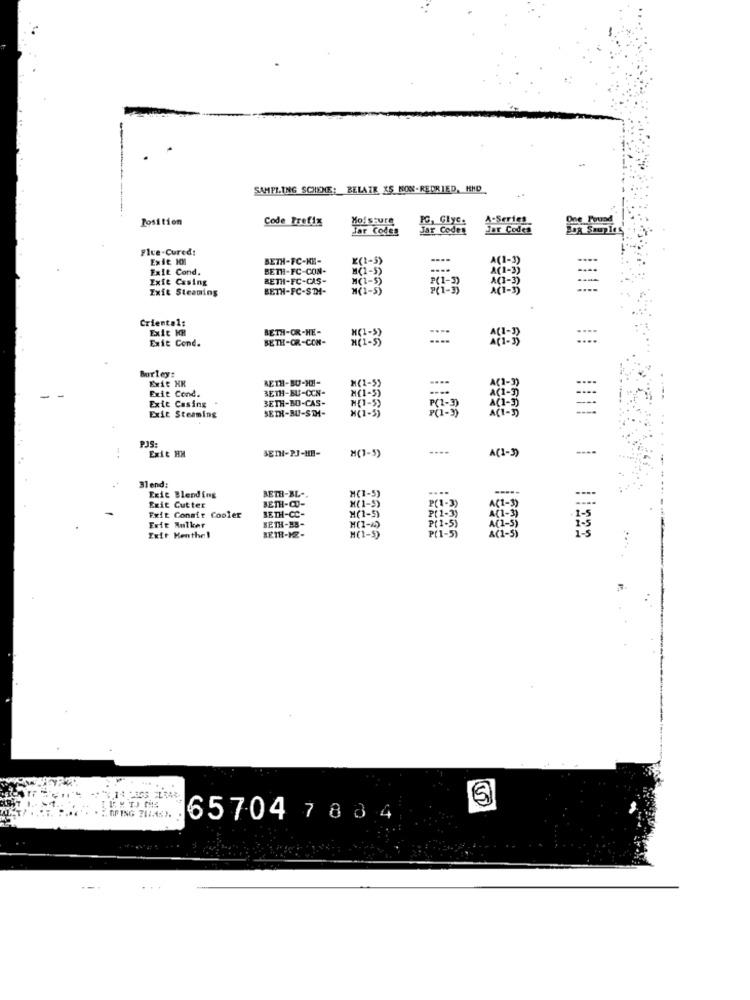
SAMPLING SCHEME: BELATE KS NON-REDRIED, HMD
Position
Code Prefix
IG, Glyc.
A-Series
Jar Codes
Jar Codes
Jar Codes
Flue-Cured!
Exit 101
BETH-FC-KE-
x(1-5)
Exit Cond.
BETH-FC-CON-
M(1-5)
Exie Casing
BETH-FC-CAS-
M(1-5)
P(1-3)
A(1-3)
Exit Steaming
BETH-FC-STH-
"(1-5)
ACI-5
Criental:
Exit KR
BETH-OR-HE-
Exit Cond.
BETH-OR-CON-
H( 1 - 5)
Morley:
Exit XX
Exit Cond.
BETH-BU-CON-
M(1-5)
ACI- 2
Exte Casing
BETH-BO-CAS-
SETH-BU-STH-
P(1- 3)
Exit Steaming
PJS:
Exit HM
SETHt-PJ-HE-
M(7-5)
----
A(1-3)
Blend:
BETH-BL -.
M(1-5)
....
Exic Blending
BETH-CO-
P(1-3)
Exit Cutter
BETH-CC-
M(1-5)
Exit Conair Cooler
BETH-EB-
M(1-5)
P(1-3)
Exit Antker
P ( 1 - 5)
Exit Henthel
BETR-KZ-
M(1-5)
1111 | ||222
65704 780 4